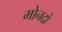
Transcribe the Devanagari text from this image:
मोनदो